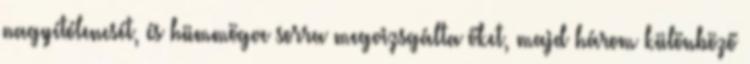
nagyítólencsét, és hümmögve sorra megvizsgálta őket, majd három különböző